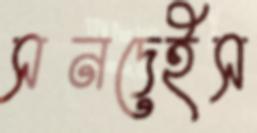
সনদেইস